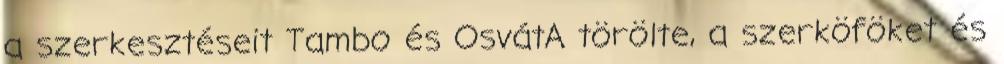
a szerkesztéseit Tambo és OsvátA törölte, a szerköföket és